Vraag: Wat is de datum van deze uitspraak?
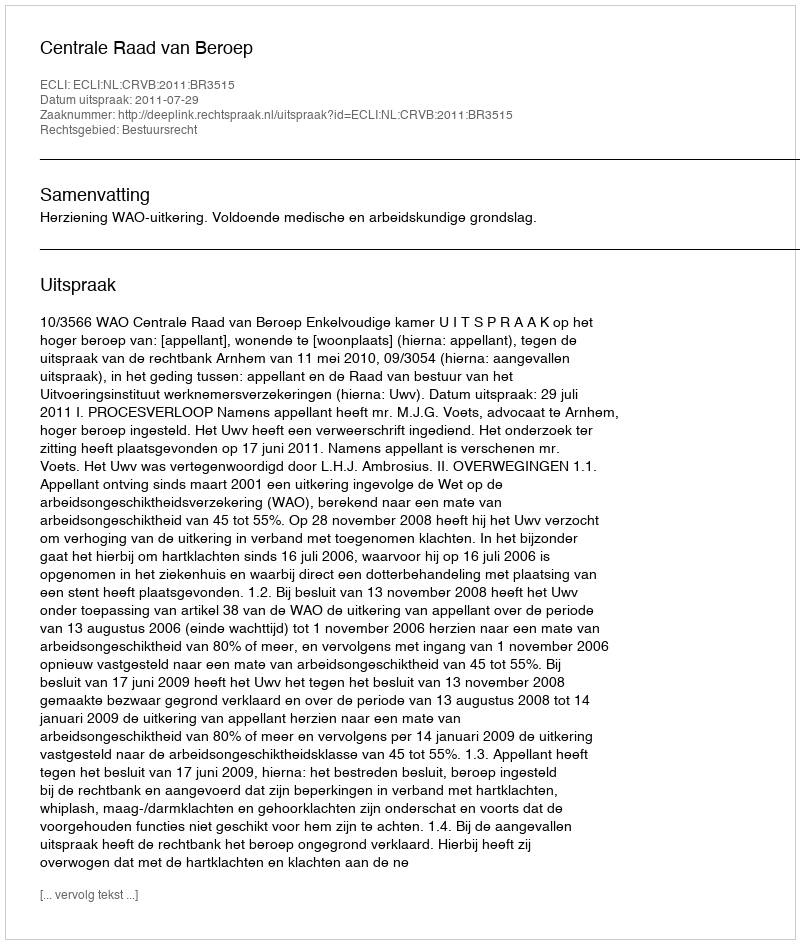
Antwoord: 2011-07-29